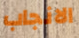
الانجاب